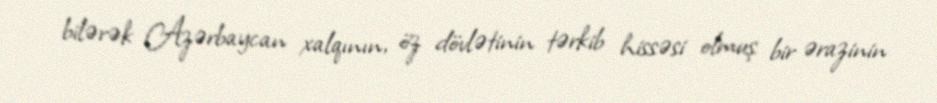
bilərək Azərbaycan xalqının, öz dövlətinin tərkib hissəsi olmuş bir ərazinin